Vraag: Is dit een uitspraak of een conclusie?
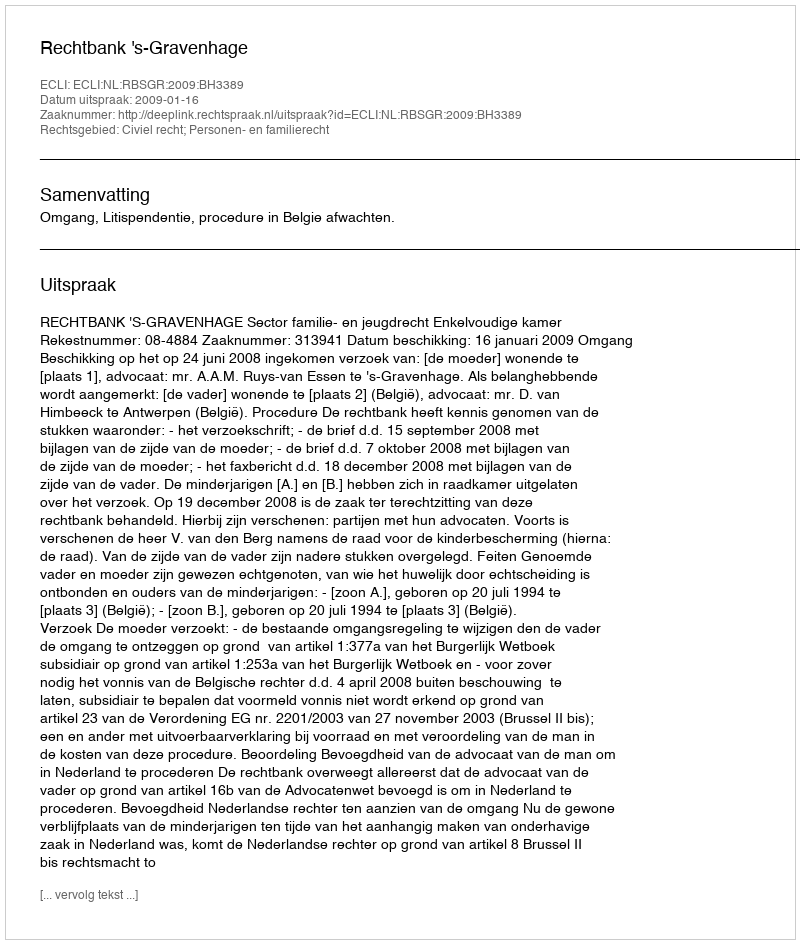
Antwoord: Uitspraak